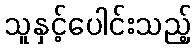
သူနှင့်ပေါင်းသည့်